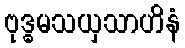
ဗုဒ္ဓမသယှသာဟိနံ